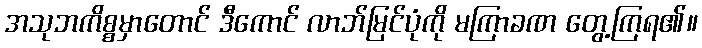
အသုဘကိစ္စမှာတောင် ဒီကောင် လာဘ်မြင်ပုံကို မကြာခဏ တွေ့ကြရ၏။